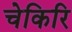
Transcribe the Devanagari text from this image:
चेकिरि